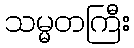
သမ္မတကြီး